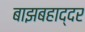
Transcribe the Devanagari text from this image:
बाझबहाद्दर